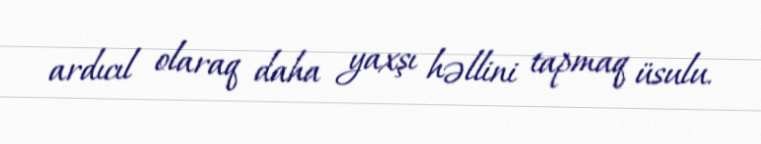
ardıcıl olaraq daha yaxşı həllini tapmaq üsulu.